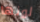
لونها